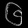
Digit: ၆